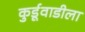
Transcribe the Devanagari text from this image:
कुर्डूवाडीला